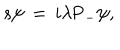
s \psi \, = \, i \lambda \mathrm { P } _ { - } \psi ,